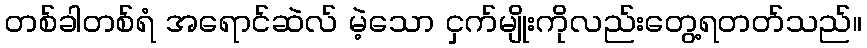
တစ်ခါတစ်ရံ အရောင်ဆဲလ် မဲ့သော ငှက်မျိုးကိုလည်းတွေ့ရတတ်သည်။